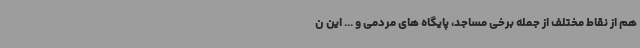
هم از نقاط مختلف از جمله برخی مساجد، پایگاه های مردمی و ... این ن